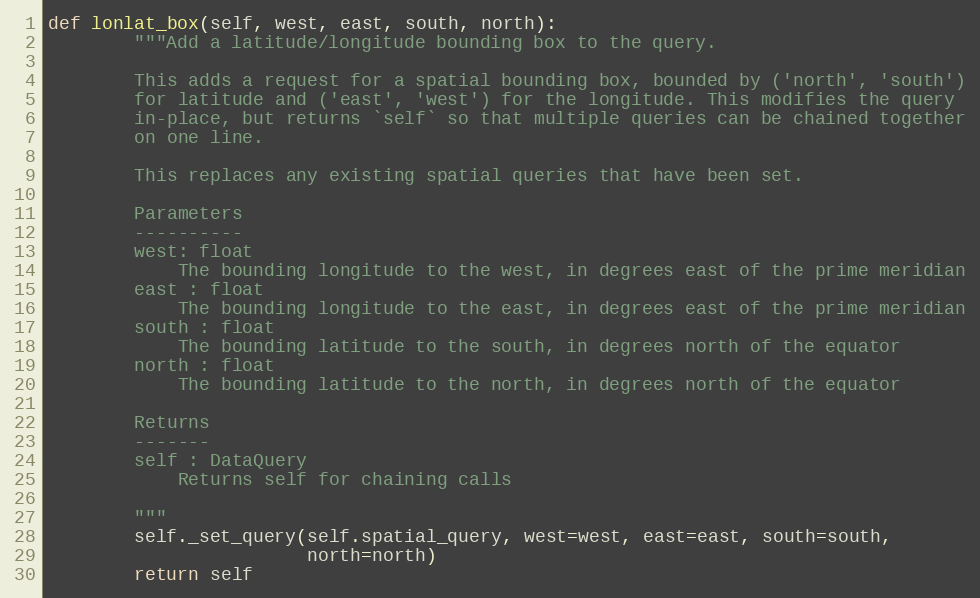
Language: Python
def lonlat_box(self, west, east, south, north):
        """Add a latitude/longitude bounding box to the query.

        This adds a request for a spatial bounding box, bounded by ('north', 'south')
        for latitude and ('east', 'west') for the longitude. This modifies the query
        in-place, but returns `self` so that multiple queries can be chained together
        on one line.

        This replaces any existing spatial queries that have been set.

        Parameters
        ----------
        west: float
            The bounding longitude to the west, in degrees east of the prime meridian
        east : float
            The bounding longitude to the east, in degrees east of the prime meridian
        south : float
            The bounding latitude to the south, in degrees north of the equator
        north : float
            The bounding latitude to the north, in degrees north of the equator

        Returns
        -------
        self : DataQuery
            Returns self for chaining calls

        """
        self._set_query(self.spatial_query, west=west, east=east, south=south,
                        north=north)
        return self